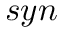
s y n